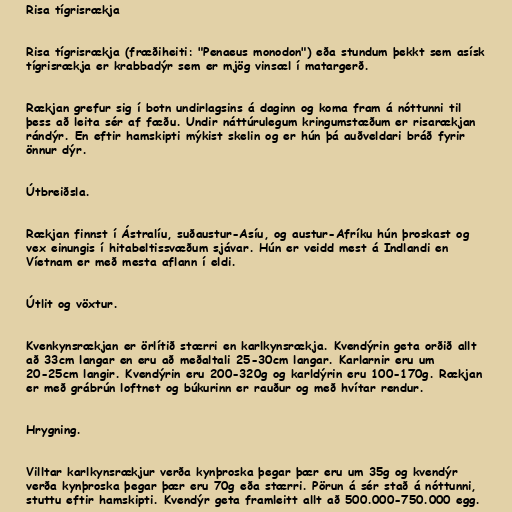
Risa tígrisrækja

Risa tígrisrækja (fræðiheiti: "Penaeus monodon") eða stundum þekkt sem asísk
tígrisrækja er krabbadýr sem er mjög vinsæl í matargerð.

Rækjan grefur sig í botn undirlagsins á daginn og koma fram á nóttunni til
þess að leita sér af fæðu. Undir náttúrulegum kringumstæðum er risarækjan
rándýr. En eftir hamskipti mýkist skelin og er hún þá auðveldari bráð fyrir
önnur dýr.

Útbreiðsla.

Rækjan finnst í Ástralíu, suðaustur-Asíu, og austur-Afríku hún þroskast og
vex einungis í hitabeltissvæðum sjávar. Hún er veidd mest á Indlandi en
Víetnam er með mesta aflann í eldi.

Útlit og vöxtur.

Kvenkynsrækjan er örlítið stærri en karlkynsrækja. Kvendýrin geta orðið allt
að 33cm langar en eru að meðaltali 25-30cm langar. Karlarnir eru um
20-25cm langir. Kvendýrin eru 200-320g og karldýrin eru 100-170g. Rækjan
er með grábrún loftnet og búkurinn er rauður og með hvítar rendur.

Hrygning.

Villtar karlkynsrækjur verða kynþroska þegar þær eru um 35g og kvendýr
verða kynþroska þegar þær eru 70g eða stærri. Pörun á sér stað á nóttunni,
stuttu eftir hamskipti. Kvendýr geta framleitt allt að 500.000-750.000 egg.